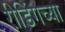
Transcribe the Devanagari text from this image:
रीडिंगच्या